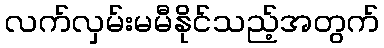
လက်လှမ်းမမီနိုင်သည့်အတွက်